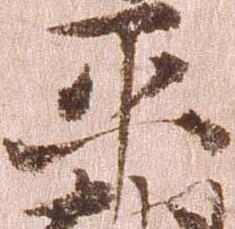
平